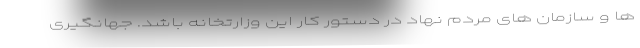
ها و سازمان های مردم نهاد در دستور کار این وزارتخانه باشد. جهانگیری